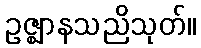
ဥဇ္ဈာနသညိသုတ်။